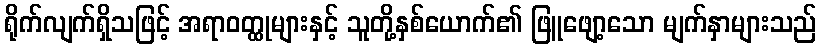
ရိုက်လျက်ရှိသဖြင့် အရာဝတ္ထုများနှင့် သူတို့နှစ်ယောက်၏ ဖြူဖျော့သော မျက်နှာများသည်